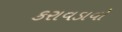
કરાવડાવો